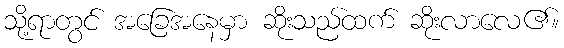
သို့ရာတွင် အခြေအနေမှာ ဆိုးသည်ထက် ဆိုးလာလေ၏။